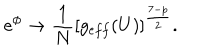
e ^ { \phi } \rightarrow \frac { 1 } { N } \left[ g _ { e f f } ( U ) \right] ^ { \frac { 7 - p } { 2 } } .